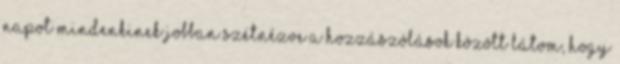
napot mindenkinek Jobban szétnézve a hozzászólások között látom, hogy